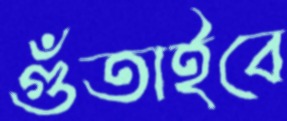
গুঁতাইবে